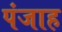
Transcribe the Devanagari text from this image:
पंजाह